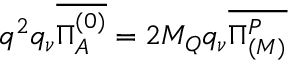
q ^ { 2 } q _ { \nu } \overline { { { \Pi _ { A } ^ { ( 0 ) } } } } = 2 M _ { Q } q _ { \nu } \overline { { { \Pi _ { ( M ) } ^ { P } } } }